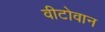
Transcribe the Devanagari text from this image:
वीटोवान